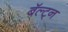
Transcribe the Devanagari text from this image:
बॅल्ट्न